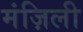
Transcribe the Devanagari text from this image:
मंज़िली